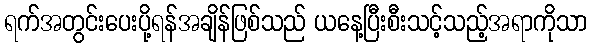
ရက်အတွင်းပေးပို့ရန်အချိန်ဖြစ်သည် ယနေ့ပြီးစီးသင့်သည့်အရာကိုသာ